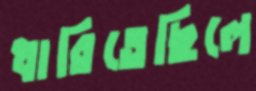
ধারিতেছিলে